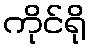
ကိုင်ရို